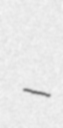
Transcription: -